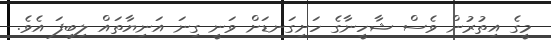
މީގެ އިތުރުން ވެސް ޝާހީނާގެ ހަށިގަނޑަށް ވަނީ ގިނަ އަނިޔާތައް ލިބިފަ އެވެ.